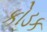
કોડક